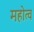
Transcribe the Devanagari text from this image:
महोत्व